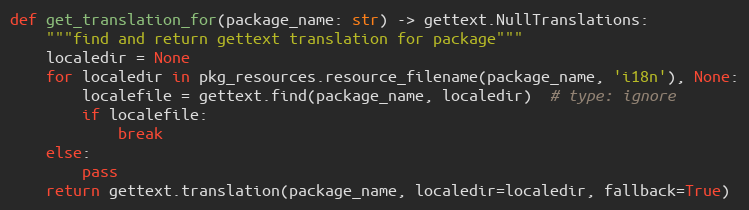
Language: Python
def get_translation_for(package_name: str) -> gettext.NullTranslations:
    """find and return gettext translation for package"""
    localedir = None
    for localedir in pkg_resources.resource_filename(package_name, 'i18n'), None:
        localefile = gettext.find(package_name, localedir)  # type: ignore
        if localefile:
            break
    else:
        pass
    return gettext.translation(package_name, localedir=localedir, fallback=True)